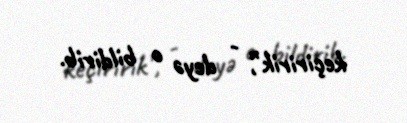
keçiririk”, - deyə o bildirib.